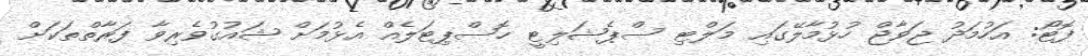
ފޮޓޯ: އަހުމަދު ޖަވާޖް ހުޅުމާލޭގައި މަލްޓި ސްޕެޝަލިޓީ ހޮސްޕިޓަލެއް އެޅުމަށް ޝައުގުވެރިވާ ފަރާތްތަކަށް